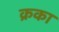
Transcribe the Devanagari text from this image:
क्रका